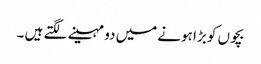
بچوں کو بڑا ہونے میں دو مہینے لگتے ہیں ۔